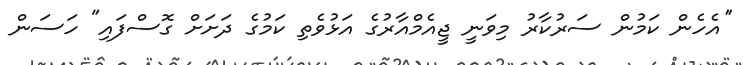
''އެހެން ކަމުން ސަރުކާރު މިވަނީ ޖީއެމްއާރުގެ އަޅުވެތި ކަމުގެ ދަށަށް ގޮސްފައި" ހަސަން